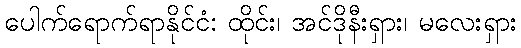
ပေါက်ရောက်ရာနိုင်ငံ: ထိုင်း၊ အင်ဒိုနီးရှား၊ မလေးရှား